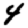
Digit: 4